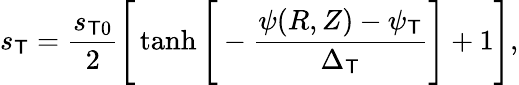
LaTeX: s_{\mathsf{T}}=\frac{{s_{\mathsf{T}0}}}{{2}}\Bigg[\operatorname{tanh}\Bigg[-\frac{{\psi(R,Z)-\psi_{\mathsf{T}}}}{{\Delta_{\mathsf{T}}}}\Bigg]+1\Bigg],